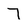
Character: 7